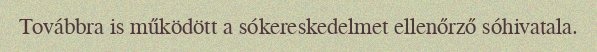
Továbbra is működött a sókereskedelmet ellenőrző sóhivatala.